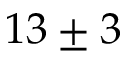
1 3 \pm 3